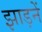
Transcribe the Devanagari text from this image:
झाड़नें